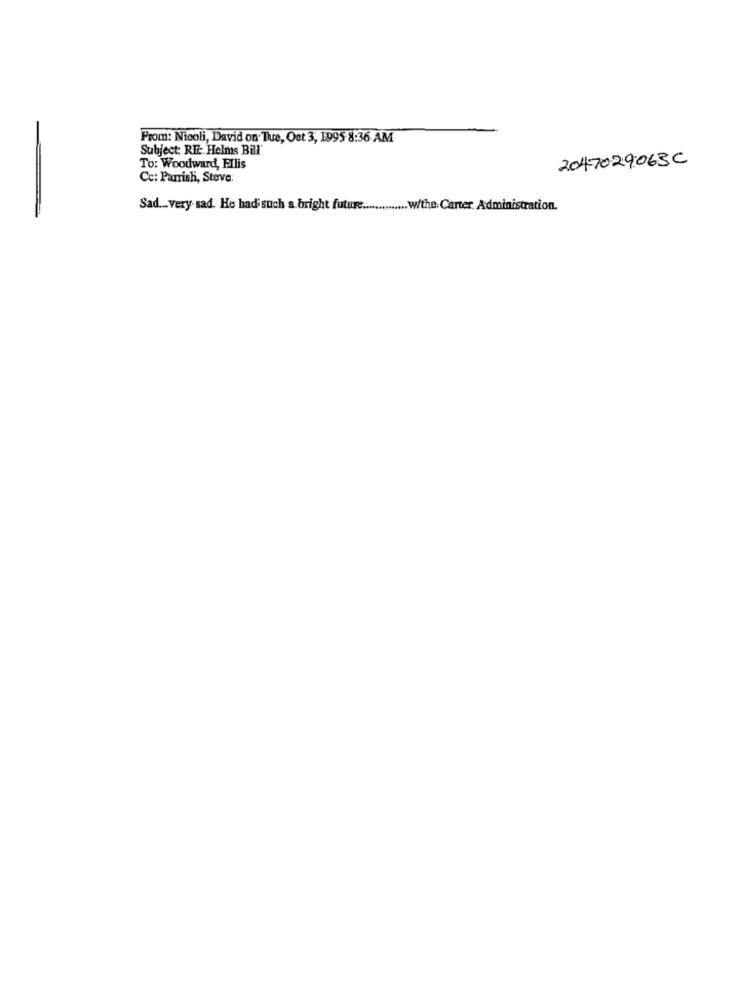
From: Nicoli, David on Tue, Oct 3, 1995 8:36 AM
Subject: RE: Helms Bill'
2047029063C
To: Woodward, Ellis
Cc: Parrish, Stove:
Sad ... very sad. He had such a. bright future ............. w/the. Carter. Administration.